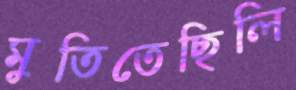
মুতিতেছিলি